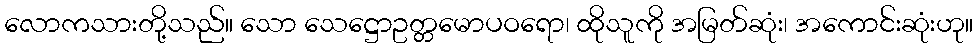
လောကသားတို့သည်။ သော သေဋ္ဌောဥတ္တမောပဝရော၊ ထိုသူကို အမြတ်ဆုံး၊ အကောင်းဆုံးဟု။